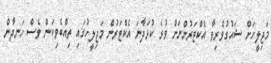
މަޖިލީހަށް ޝައުގުވެރިވާ އެކްޓަރުންނަށް ވުރެ ކުޅަދާނަ އެކްޓަރުން މަޖިލީހުގައި ތިއްބެވިކަން ވެސް ހަނދާން